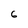
Character: 6